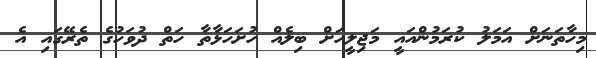
މިހާތަނަށް އަމަލު ކުރަމުންއައީ މަޖިލީހަށް ބިލެއް ހުށަހަޅާތާ ހަތް ދުވަހުގެ ތެރޭގައި އެ